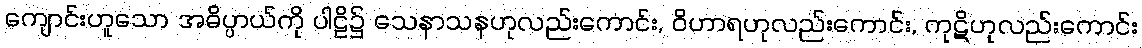
ကျောင်းဟူသော အဓိပ္ပာယ်ကို ပါဠိ၌ သေနာသနဟုလည်းကောင်း, ဝိဟာရဟုလည်းကောင်း, ကုဋိဟုလည်းကောင်း